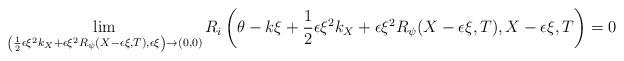
LaTeX: \begin{align*}\lim_{\left(\frac{1}{2}\epsilon\xi^{2}k_{X} + \epsilon\xi^{2}R_{\psi}(X-\epsilon\xi,T),\epsilon\xi\right)\rightarrow (0,0)}R_{i}\left(\theta - k\xi + \frac{1}{2}\epsilon\xi^{2}k_{X} + \epsilon\xi^{2}R_{\psi}(X-\epsilon\xi,T),X - \epsilon\xi,T\right) = 0\end{align*}